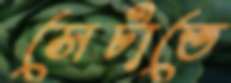
সেটাতে